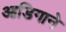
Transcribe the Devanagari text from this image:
आडिगाने